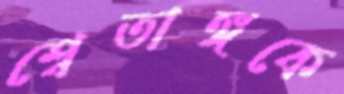
শ্বেতাঙ্গকে